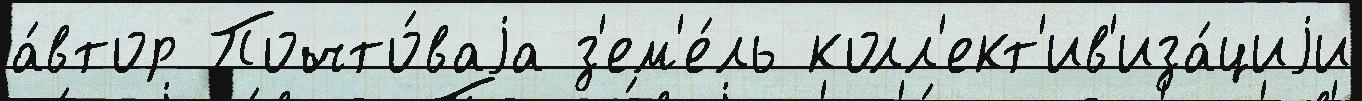
а́втор Почто́ваjа з'ем'е́ль колл'ект'ив'иза́циjи